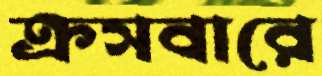
ক্রসবারে